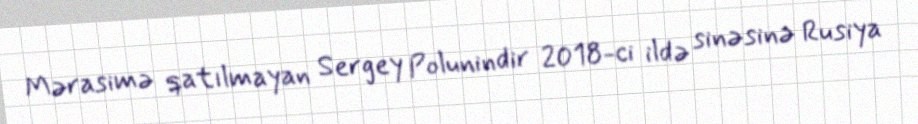
Mərasimə qatılmayan Sergey Polunindir 2018-ci ildə sinəsinə Rusiya